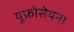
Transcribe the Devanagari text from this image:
यूफ्रोसेयना